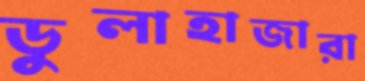
ডুলাহাজারা